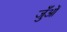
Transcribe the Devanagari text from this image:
जुँओं